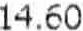
14.60